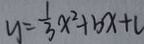
y = \frac { 1 } { 3 } x ^ { 2 } + b x + c